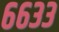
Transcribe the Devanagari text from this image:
६६३३